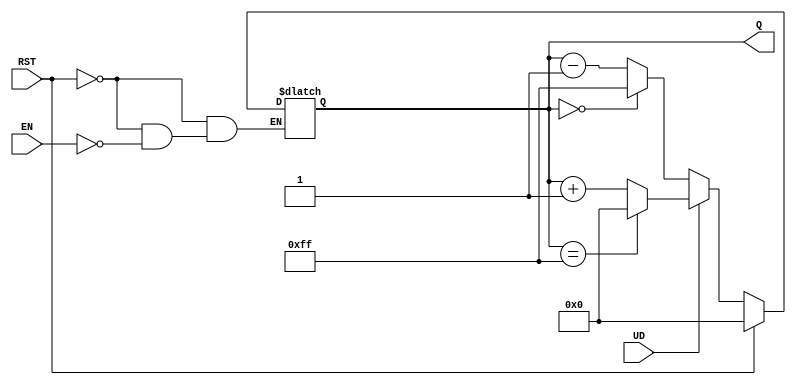
module UpDownAsyncCounter (
    input wire UD,      // Up/Down control
    input wire EN,      // Enable control
    input wire RST,     // Asynchronous reset
    output reg [7:0] Q  // 8-bit output count
);

    // Maximum count value for an 8-bit counter
    localparam MAX_COUNT = 8'hFF; // 255 in decimal

    // Asynchronous reset logic
    always @(*) begin
        if (RST) begin
            Q = 8'b00000000; // Reset count to 0
        end else if (EN) begin
            if (UD) begin
                // Count up
                if (Q == MAX_COUNT) begin
                    Q = 8'b00000000; // Wrap around to 0
                end else begin
                    Q = Q + 1; // Increment count
                end
            end else begin
                // Count down
                if (Q == 8'b00000000) begin
                    Q = MAX_COUNT; // Wrap around to MAX_COUNT
                end else begin
                    Q = Q - 1; // Decrement count
                end
            end
        end
    end

endmodule